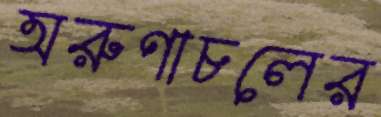
অরুণাচলের